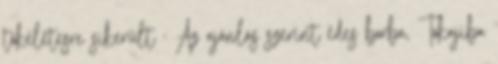
tökéletesre sikerült : Az ajánlás szerint édes borba, Tokajiba